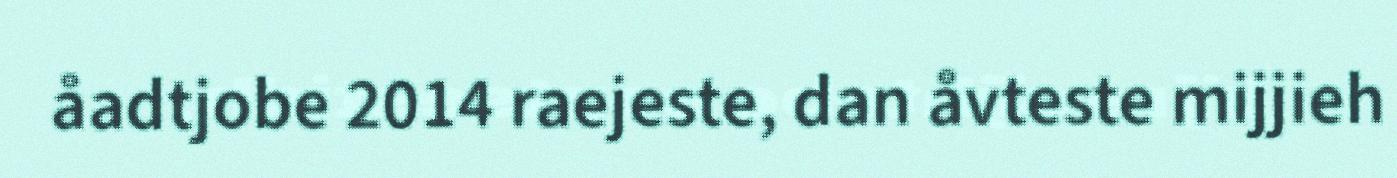
åadtjobe 2014 raejeste, dan åvteste mijjieh